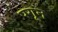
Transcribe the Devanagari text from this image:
पगून